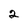
Character: 2